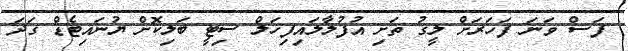
ފަސް ވަނަ ފަހަރަށް ލީގު ތަށި އުފުލާލައިފިހަލް ސިޓީ ބަލިކޮށް ޔުނައިޓެޑް ގަދަ